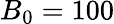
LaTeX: B_{0}=100